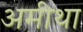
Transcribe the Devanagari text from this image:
अमीथा